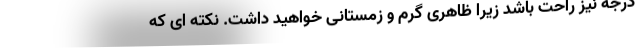
درجه نیز راحت باشد زیرا ظاهری گرم و زمستانی خواهید داشت. نکته ای که